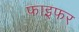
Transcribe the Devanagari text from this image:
फाइफर